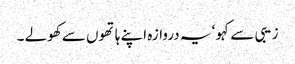
زیبی سے کہو ‘ یہ دروازہ اپنے ہاتھوں سے کھولے ۔